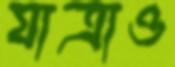
যাত্রাও